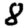
Digit: 8